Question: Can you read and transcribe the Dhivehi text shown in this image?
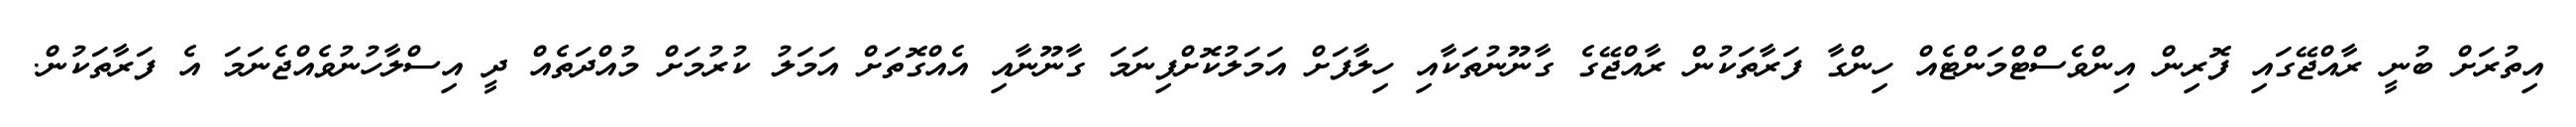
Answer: އިތުރަށް ބުނީ ރާއްޖޭގައި ފޮރިން އިންވެސްޓްމަންޓެއް ހިންގާ ފަރާތަކުން ރާއްޖޭގެ ގާނޫނުތަކާއި ހިލާފަށް އަމަލުކޮށްފިނަމަ ގާނޫނާއި އެއްގޮތަށް އަމަލު ކުރުމަށް މުއްދަތެއް ދީ އިސްލާހުނުވެއްޖެނަމަ އެ ފަރާތަކުން.